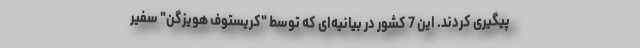
پیگیری کردند. این 7 کشور در بیانیه‌ای که توسط "کریستوف هویزگن" سفیر